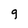
Character: g